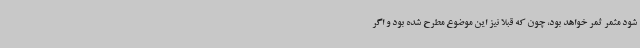
شود مثمر ثمر خواهد بود، چون که قبلا نیز این موضوع مطرح شده بود و اگر